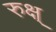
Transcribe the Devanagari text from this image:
रुक्ष्